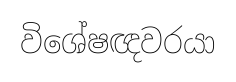
විශේෂඥවරයා